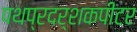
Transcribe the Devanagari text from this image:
पथप्रदर्शकपीटर